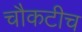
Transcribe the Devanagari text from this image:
चौकटीच